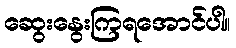
ဆွေးနွေးကြရအောင်ပါ။